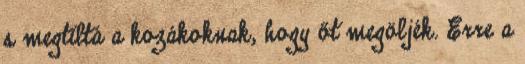
s megtiltá a kozákoknak, hogy őt megöljék. Erre a